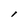
Character: l